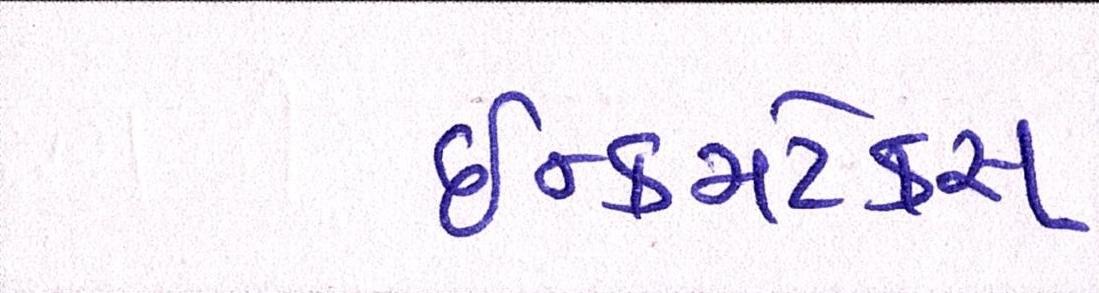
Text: ઇન્કમટેક્સ